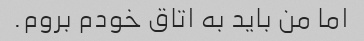
اما من باید به اتاق خودم بروم.